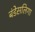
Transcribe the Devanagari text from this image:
बंडेसलिगा